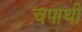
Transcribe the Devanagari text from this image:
चपाथी